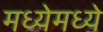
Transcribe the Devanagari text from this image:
मध्येमध्ये